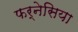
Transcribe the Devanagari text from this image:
फर्नेसिया